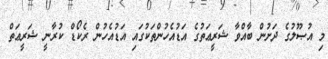
މި އުޞޫލުގެ ދަށުން ބާއްވާ ޝަރީޢަތުގެ އަޑުއެހުންތަކުގައި އަޑުއެހުން ރެކޯޑް ކުރާނީ ޝަރީޢަތް